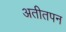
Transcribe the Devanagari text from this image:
अतीतपन